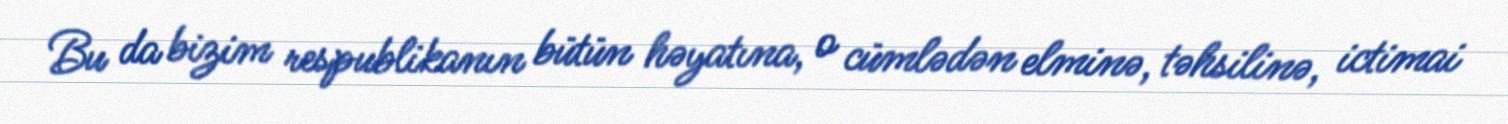
Bu da bizim respublikanın bütün həyatına, o cümlədən elminə, təhsilinə, ictimai